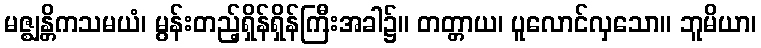
မဇ္ဈန္တိကသမယံ၊ မွန်းတည့်ရှိန်ရှိန်ကြီးအခါ၌။ တတ္တာယ၊ ပူလောင်လှသော။ ဘူမိယာ၊